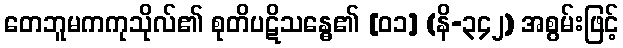
တေဘူမကကုသိုလ်၏ စုတိပဋိသန္ဓေ၏ [၀၁] (နိ-၃၄၂) အစွမ်းဖြင့်